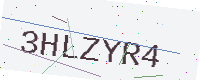
Text: 3HLZYR4